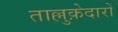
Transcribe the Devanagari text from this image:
ताल्लुक़ेदारों